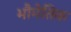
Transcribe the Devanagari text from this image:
भौमेतिक